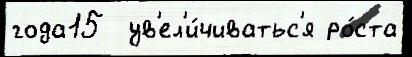
года15  ув'ел'и́чиватьс'я ро́ста